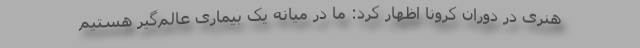
هنری در دوران کرونا اظهار کرد: ما در میانه یک بیماری عالم‌گیر هستیم